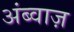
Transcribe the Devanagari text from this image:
अंब्वाज़